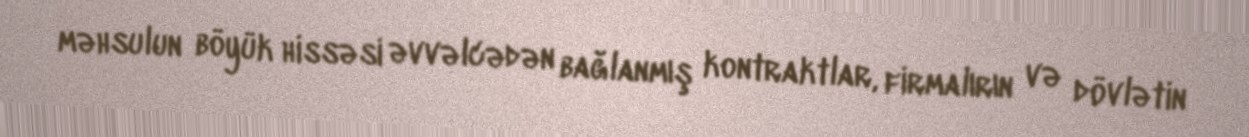
məhsulun böyük hissəsi əvvəlcədən bağlanmış kontraktlar, firmalırın və dövlətin